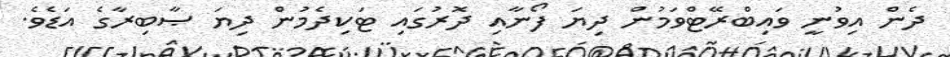
ދެން އިވުނީ ވައިބްރޭޓްވަމުން ދިޔަ ފޯނާއި ދޮރުގައި ޓަކިދެމުން ދިޔަ ޞާބިރާގެ އަޑެވެ.